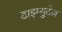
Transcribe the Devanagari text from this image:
डाइम्युटेज़